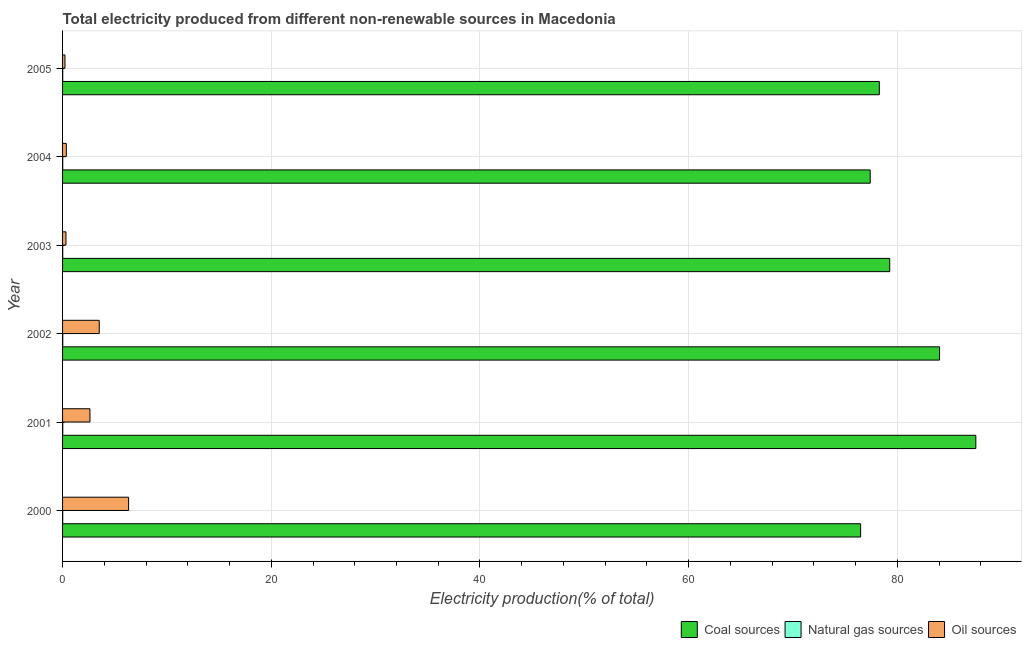
| Year | Coal sources | Natural gas sources | Oil sources |
 | --- | --- | --- | --- |
 | 2000 | 76.5 | 0.0147 | 6.33 |
 | 2001 | 87.5 | 0.0157 | 2.62 |
 | 2002 | 84 | 0.0164 | 3.51 |
 | 2003 | 79.3 | 0.0148 | 0.327 |
 | 2004 | 77.4 | 0.015 | 0.36 |
 | 2005 | 78.3 | 0.0144 | 0.23 |